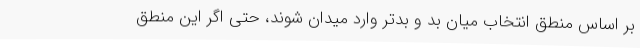
بر اساس منطق انتخاب میان بد و بدتر وارد میدان شوند، حتی اگر این منطق